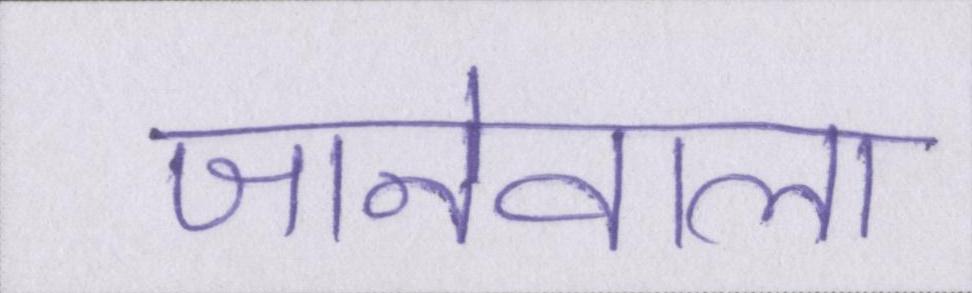
जानेवाला